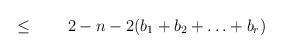
LaTeX: \begin{align*}\leq\qquad2-n-2(b_1+b_2+\ldots+b_r)\end{align*}